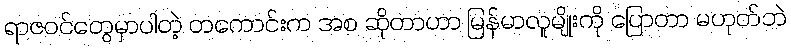
ရာဇဝင်တွေမှာပါတဲ့ တကောင်းက အစ ဆိုတာဟာ မြန်မာလူမျိုးကို ပြောတာ မဟုတ်ဘဲ